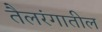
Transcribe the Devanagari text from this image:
तैलरंगातील